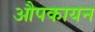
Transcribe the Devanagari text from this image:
औपकायन